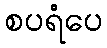
စပရံပေ